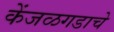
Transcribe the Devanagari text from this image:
केंजळगडाचे